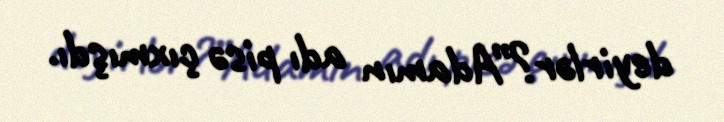
deyirlər?”Adamın adı pisə çıxmışdı.